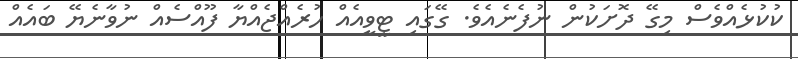
ކުކުޅެއްވެސް މިގޭ ދޮށަކުން ނުފެނެއެވެ. ގޭގައި ޓީވީއެއް ހުރެއްޖެއްޔާ ފޫއްސެއް ނުވާނެޔޭ ބައެއް